Scientific memoirs by medical officers of the Army of India - Part XI,
Year: 1898
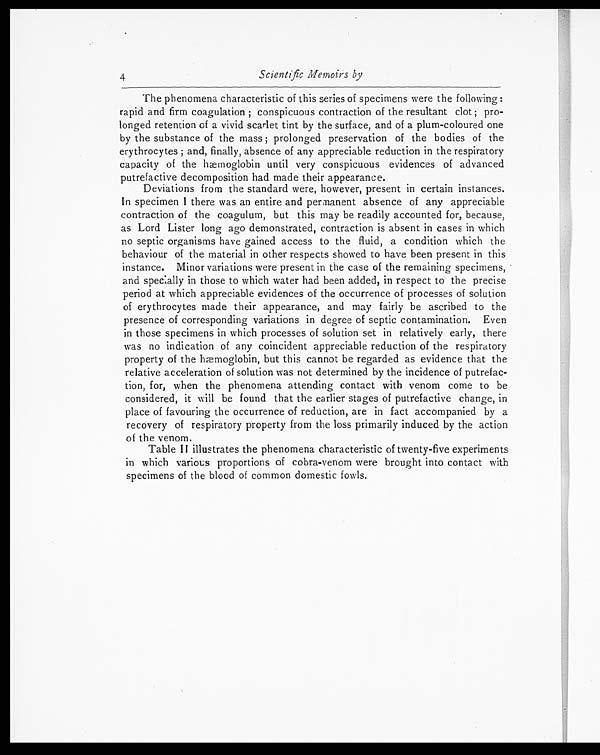
4
Scientific Memoirs by
The phenomena characteristic of this series of specimens were the following:
rapid and firm coagulation ; conspicuous contraction of the resultant clot ; pro-
longed retention of a vivid scarlet tint by the surface, and of a plum-coloured one
by the substance of the mass ; prolonged preservation of the bodies of the
erythrocytes ; and, finally, absence of any appreciable reduction in the respiratory
capacity of the hæmoglobin until very conspicuous evidences of advanced
putrefactive decomposition had made their appearance.
Deviations from the standard were, however, present in certain instances.
In specimen I there was an entire and permanent absence of any appreciable
contraction of the coagulum, but this may be readily accounted for, because,
as Lord Lister long ago demonstrated, contraction is absent in cases in which
no septic organisms have gained access to the fluid, a condition which the
behaviour of the material in other respects showed to have been present in this
instance. Minor variations were present in the case of the remaining specimens,
and specially in those to which water had been added, in respect to the precise
period at which appreciable evidences of the occurrence of processes of solution
of erythrocytes made their appearance, and may fairly be ascribed to the
presence of corresponding variations in degree of septic contamination. Even
in those specimens in which processes of solution set in relatively early, there
was no indication of any coincident appreciable reduction of the respiratory
property of the hæmoglobin, but this cannot be regarded as evidence that the
relative acceleration of solution was not determined by the incidence of putrefac-
tion, for, when the phenomena attending contact with venom come to be
considered, it will be found that the earlier stages of putrefactive change, in
place of favouring the occurrence of reduction, are in fact accompanied by a
recovery of respiratory property from the loss primarily induced by the action
of the venom.
Table II illustrates the phenomena characteristic of twenty-five experiments
in which various proportions of cobra-venom were brought into contact with
specimens of the blood of common domestic fowls.